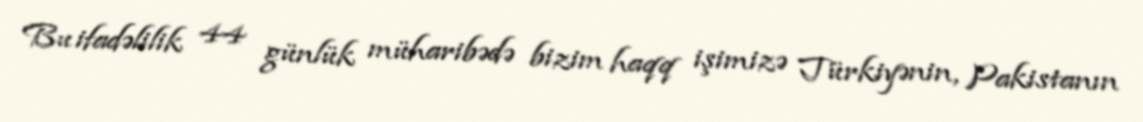
Bu ifadəlilik 44 günlük müharibədə bizim haqq işimizə Türkiyənin, Pakistanın